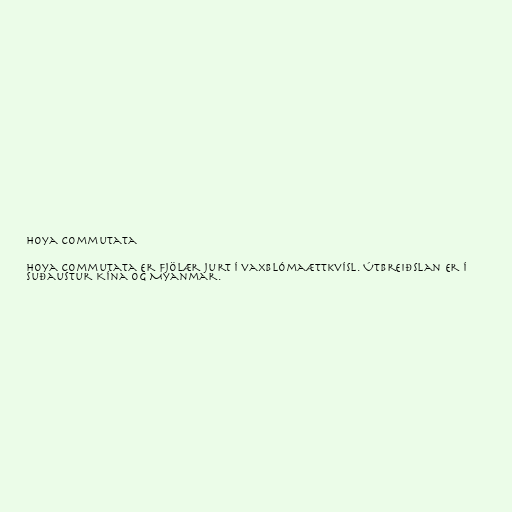
Hoya commutata

Hoya commutata er fjölær jurt í vaxblómaættkvísl. Útbreiðslan er í
suðaustur Kína og Myanmar.